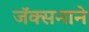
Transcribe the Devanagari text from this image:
जॅक्सनाने